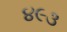
૪૯૩